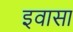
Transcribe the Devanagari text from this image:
इवासा